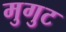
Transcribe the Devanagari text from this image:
मुगुट